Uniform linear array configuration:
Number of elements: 4
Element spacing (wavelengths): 0.5
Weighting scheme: uniform
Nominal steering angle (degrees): -15
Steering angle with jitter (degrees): -13.118
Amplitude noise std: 0.05
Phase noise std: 0.05

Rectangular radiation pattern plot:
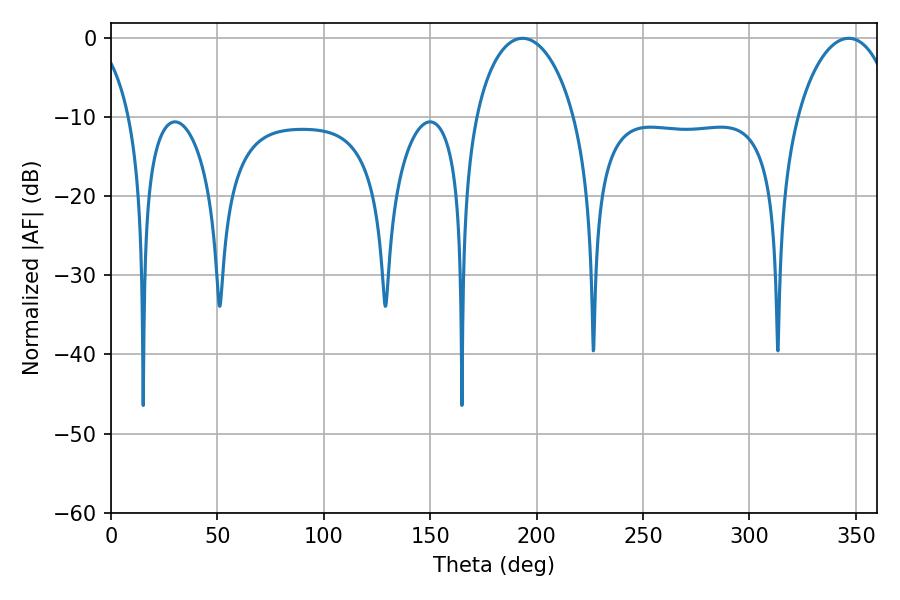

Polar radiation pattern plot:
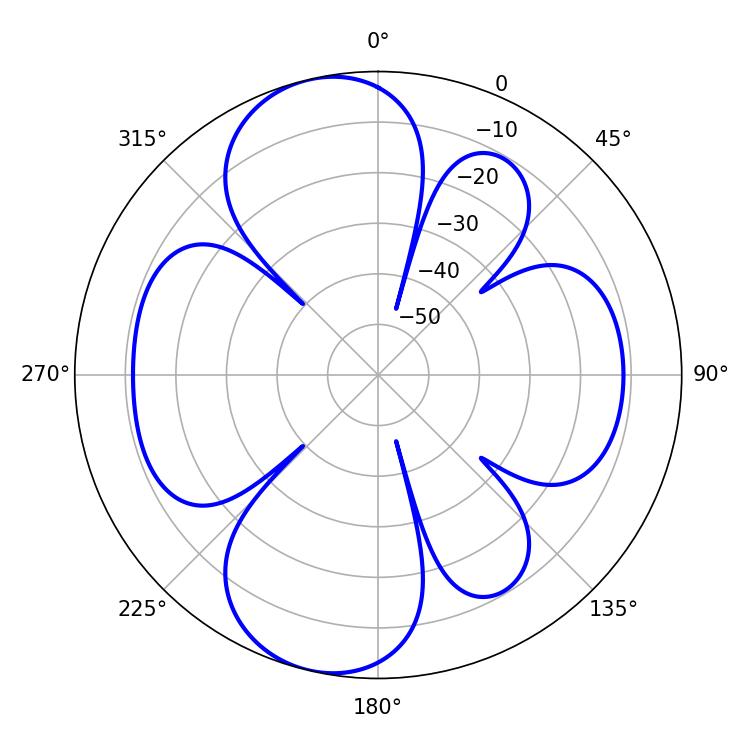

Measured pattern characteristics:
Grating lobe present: FALSE
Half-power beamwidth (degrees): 26.82
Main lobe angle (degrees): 193.32